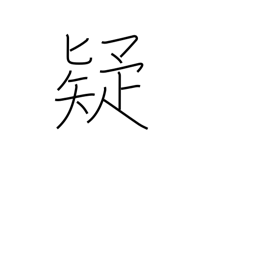
Meaning: distrust